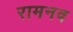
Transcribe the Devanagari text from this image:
रामनव